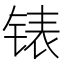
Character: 𰾍